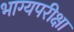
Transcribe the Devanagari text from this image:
भाग्यपरीक्षा